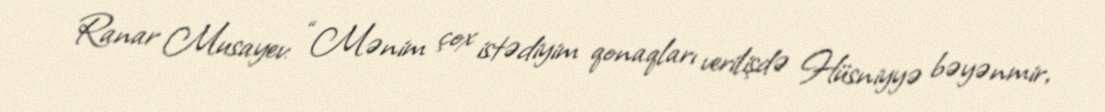
Ranar Musayev: “Mənim çox istədiyim qonaqları verilişdə Hüsniyyə bəyənmir,